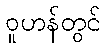
ဝူဟန်တွင်